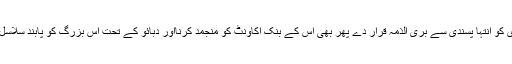
کسی آزاد ریاست کی عدلیہ اگر کسی شہری کو انتہا پسندی سے بری الذمہ قرار دے پھر بھی اس کے بنک اکاؤنٹ کو منجمد کرنااور دبائو کے تحت اس بزرگ کو پابند سلاسل رکھنا ذہنی غلامی کی عکاسی کرتی ہے۔